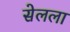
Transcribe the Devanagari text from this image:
सेलला